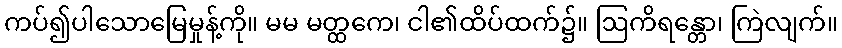
ကပ်၍ပါသောမြေမှုန့်ကို။ မမ မတ္ထကေ၊ ငါ၏ထိပ်ထက်၌။ ဩကိရန္တော၊ ကြဲလျက်။